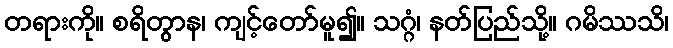
တရားကို။ စရိတွာန၊ ကျင့်တော်မူ၍။ သဂ္ဂံ၊ နတ်ပြည်သို့။ ဂမိဿသိ၊